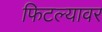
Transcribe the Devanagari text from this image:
फिटल्यावर